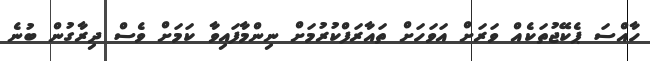
ހާއްސަ ޕެކޭޖުތަކެއް ވަރަށް އަވަހަށް ތައާރަފްކުރުމަށް ނިންމާފައިވާ ކަމަށް ވެސް ދިރާގުން ބުނެ